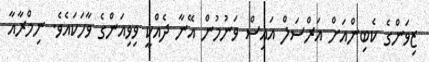
ޒިވަންގެ ކެބިންއަށް އަރްސަލް އައިސް ވަނުމުން އޭނާ ދެއްކީ ވިވިއަންގެ ވާހަކައެވެ. ނިމްރާއާ